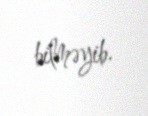
bilməyib.